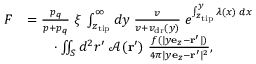
\begin{array} { r l } { F } & { = \frac { p _ { q } } { p + p _ { q } } \; \xi \; \int _ { z _ { \mathrm { t i p } } } ^ { \infty } d y \; \frac v { v + v _ { \mathrm { d r } } ( y ) } \; e ^ { \int _ { z _ { \mathrm { t i p } } } ^ { y } \lambda ( x ) \; d x } } \\ & { \qquad \cdot \iint _ { S } d ^ { 2 } r ^ { \prime } \; \mathcal { A } ( { \bf r ^ { \prime } } ) \; \frac { f ( | y { \bf e } _ { z } - { \bf r ^ { \prime } } | ) } { 4 \pi | y { \bf e } _ { z } - { \bf r ^ { \prime } } | ^ { 2 } } , } \end{array}